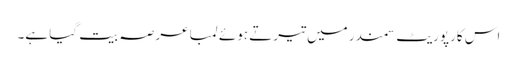
اس کارپوریٹ سمندر میں تیرتے ہوئے لمبا عرصہ بیت گیا ہے۔